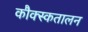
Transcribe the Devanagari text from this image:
कौक्स्कतालन